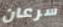
سرعان